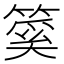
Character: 𥰥